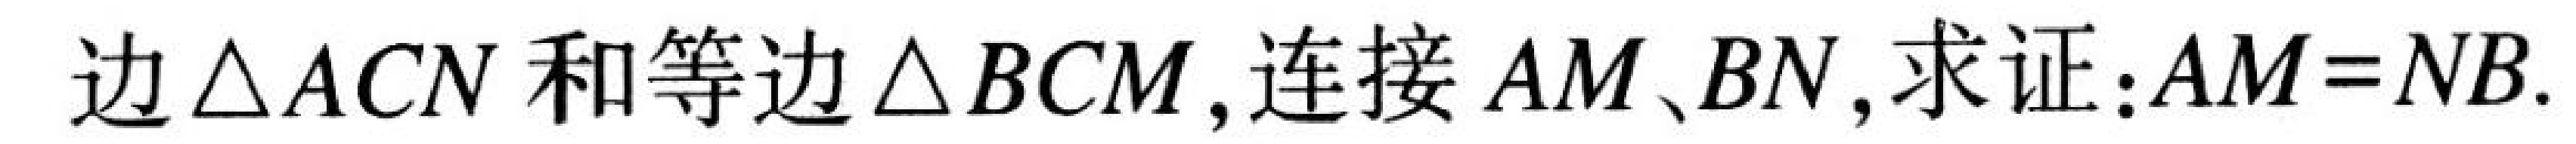
边\(\triangle ACN\)和等边\(\triangle BCM\)，连接\(AM\)、\(BN\)，求证：\(AM = NB\).